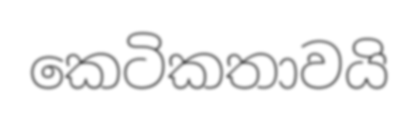
කෙටිකතාවයි